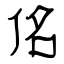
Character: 佲